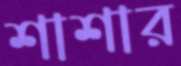
শাশার